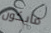
مايكون